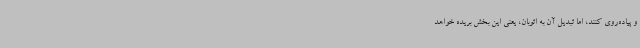
و پیاده‌روی کنند، اما تبدیل آن به اتوبان، یعنی این بخش بریده خواهد